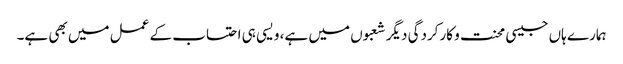
ہمارے ہاں جیسی محنت و کارکردگی دیگر شعبوں میں ہے، ویسی ہی احتساب کے عمل میں بھی ہے۔